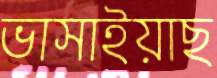
ভাসাইয়াছ